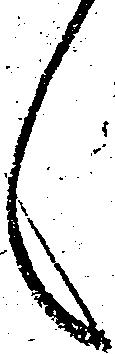
々